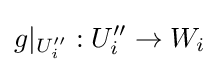
g|_{U_{i}''}:U_{i}''\to W_{i}